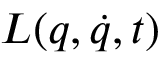
L ( q , { \dot { q } } , t )